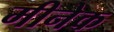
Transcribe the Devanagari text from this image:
मीनेक